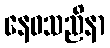
နေဝသညိနာ